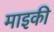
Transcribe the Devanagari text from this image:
माइकी